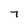
Character: T